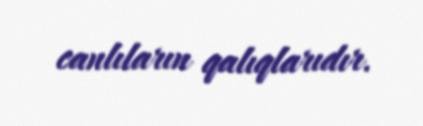
canlıların qalıqlarıdır.